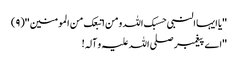
''یا ایہا النبی حسبک اللہ ومن اتبعک من المومنین ''(٩)
''اے پیغمبر صلی اللہ علیہ و آلہ!